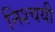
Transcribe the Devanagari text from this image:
निश्‍चयी